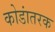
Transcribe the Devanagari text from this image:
कोडांतरक